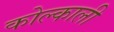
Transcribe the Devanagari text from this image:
कोल्काली